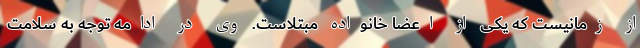
از زمانیست که یکی از اعضا خانواده مبتلاست. وی در ادامه توجه به سلامت